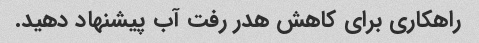
راهکاری برای کاهش هدر رفت آب پیشنهاد دهید.